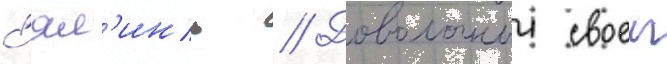
с'ял'инь // Довольныи своеи